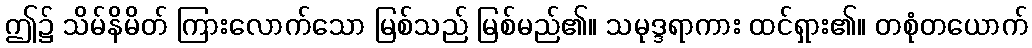
ဤ၌ သိမ်နိမိတ် ကြားလောက်သော မြစ်သည် မြစ်မည်၏။ သမုဒ္ဒရာကား ထင်ရှား၏။ တစုံတယောက်